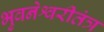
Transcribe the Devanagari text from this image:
भुवनेश्वरीतंत्र